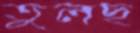
তুলছ